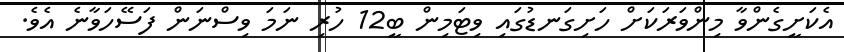
އެކަށީގެންވާ މިންވަރަކަށް ހަށިގަނޑުގައި ވިޓަމިން ބީ12 ހުރި ނަމަ ވިސްނަން ފަސޭހަވާނެ އެވެ.